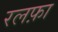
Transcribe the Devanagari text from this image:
रलफ़ा